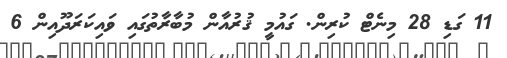
11 ގަޑި 28 މިނެޓް ކުރިން. ގައުމީ ޤުރުއާން މުބާރާތުގައި ވައިކަރަދޫއިން 6